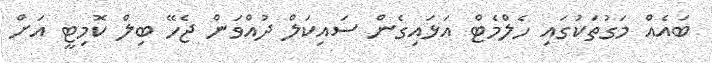
ބައެއް މަގުތަކުގައި ހެލްމެޓް އަޅައިގެން ސައިކަލް ދުއްވަން ޖެހޭ ބިލް ކޮމިޓީ އަށް